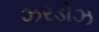
ઝરડોઝ